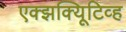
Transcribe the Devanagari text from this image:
एक्झक्यिूटिव्ह